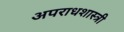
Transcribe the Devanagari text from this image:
अपराधशास्त्री